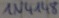
Text: 1N4148